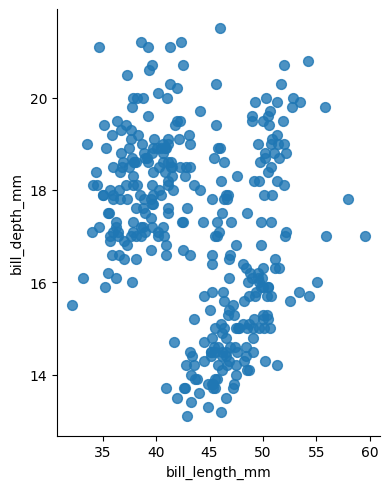
python, seaborn, lmplot, aspect=0.8, order=2, markers='o'